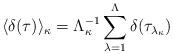
LaTeX: \begin{align*}\langle \delta(\tau)\rangle_{\kappa} = \Lambda^{-1} _\kappa \sum_{\lambda =1}^\Lambda\delta(\tau_{\lambda_{\kappa}})\end{align*}